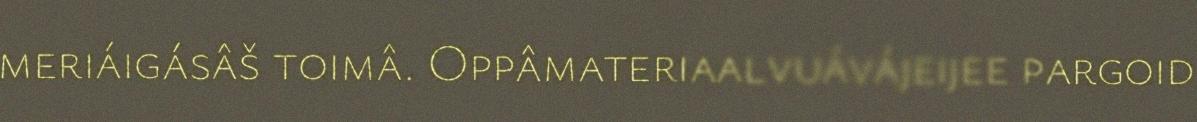
meriáigásâš toimâ. Oppâmateriaalvuávájeijee pargoid